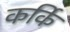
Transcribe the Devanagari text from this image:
कर्कि